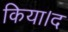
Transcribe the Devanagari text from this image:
किया।द